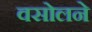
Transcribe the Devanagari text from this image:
वसोलने